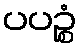
ပပဉ္စံ